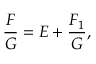
{ \frac { F } { G } } = E + { \frac { F _ { 1 } } { G } } ,